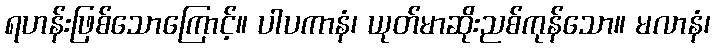
ရဟန်းဖြစ်သောကြောင့်။ ပါပကာနံ၊ ယုတ်မာဆိုးညစ်ကုန်သော။ မလာနံ၊